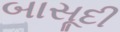
બાસૂદી